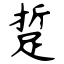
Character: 踅